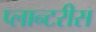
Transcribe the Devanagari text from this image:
प्लान्टरीस